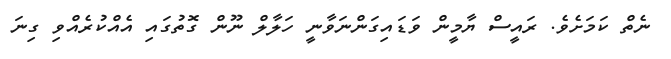
ނެތް ކަމަށެވެ. ރައީސް ޔާމީން ވަޑައިގަންނަވާނީ ހަލާލް ނޫން ގޮތުގައި އެއްކުރެއްވި ގިނަ